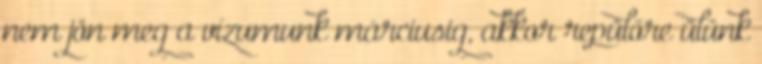
nem jön meg a vízumunk márciusig, akkor repülőre ülünk